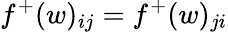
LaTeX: f^{+}(w)_{ij}=f^{+}(w)_{ji}